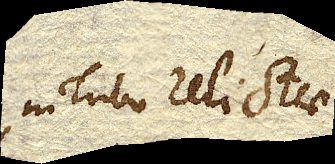
in Tubo relictae